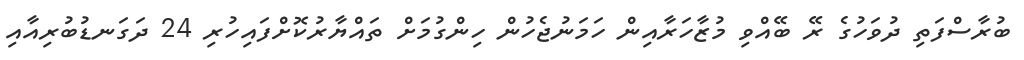
ބުރާސްފަތި ދުވަހުގެ ރޭ ބޭއްވި މުޒާހަރާއިން ހަމަނުޖެހުން ހިންގުމަށް ތައްޔާރުކޮށްފައިހުރި 24 ދަގަނޑުބުރިއާއި